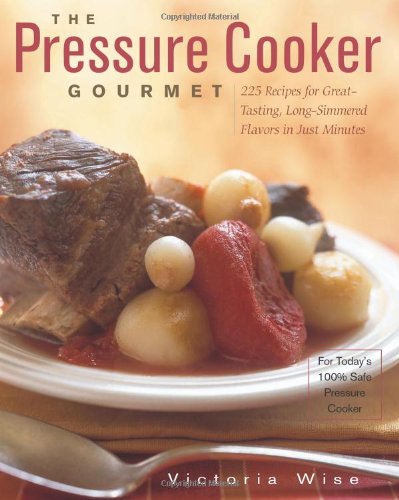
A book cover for The Pressure Cooker Gourmet: 225 Recipes for Great-Tasting, Long-Simmered Flavors in Just Minutes (Non); Victoria Wise; Cookbooks, Food & Wine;